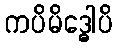
ကပိမိဒ္ဓေါပိ